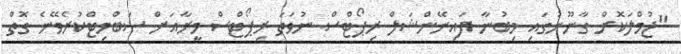
"ޖުމްލަކޮށް ގާނޫނުގައި މިބުނާ ފައިނޭންޝަލް ރިޕޯޓްސް ނުވަތަ ރިޕޯޓްސް މީރާއަށް ސަބްމިޓްކުރެވޭނެ ގޮތް